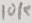
Text: 10K